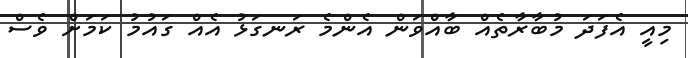
މިއީ އެފަދަ މުބާރާތެއް ބާއްވަން އެންމެ ރަނގަޅު އެއް ގައުމު ކަމަށް ވެސް